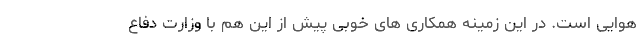
هوایی است. در این زمینه همکاری های خوبی پیش از این هم با وزارت دفاع